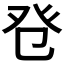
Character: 𤼥